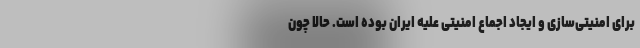
برای امنیتی‌سازی و ایجاد اجماع امنیتی علیه ایران بوده است. حالا چون